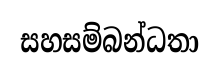
සහසම්බන්ධතා